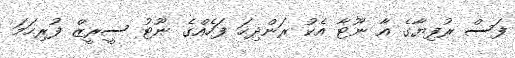
ފަސް ރުފިޔާގެ އާ ނޫޓާ އެކު ރަންދިހަ ފަހެއްގެ ނޫޓު ސީރީޒް ފުރިހަމަ